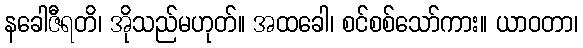
နခေါဇီရတိ၊ အိုသည်မဟုတ်။ အထခေါ၊ စင်စစ်သော်ကား။ ယာဝတာ၊